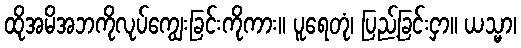
ထိုအမိအဘကိုလုပ်ကျွေးခြင်းကိုကား။ ပူရေတုံ၊ ပြည့်ခြင်းငှာ။ ယသ္မာ၊